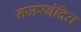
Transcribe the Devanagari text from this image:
नजरबंदित